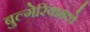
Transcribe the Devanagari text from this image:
बुल्गेरियामध्ये